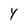
Character: 4